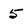
Character: 5